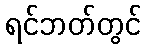
ရင်ဘတ်တွင်